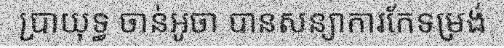
ប្រាយុទ្ធ ចាន់អូចា បានសន្យាការកែទម្រង់